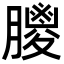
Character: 𦡙